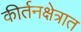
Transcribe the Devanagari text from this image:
कीर्तनक्षेत्रात